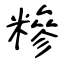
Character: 糝